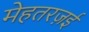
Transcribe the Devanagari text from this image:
मेहतरज़ई